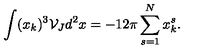
\int ( x _ { k } ) ^ { 3 } \mathcal { V } _ { J } d ^ { 2 } x = - 1 2 \pi \sum _ { s = 1 } ^ { N } x _ { k } ^ { s } .